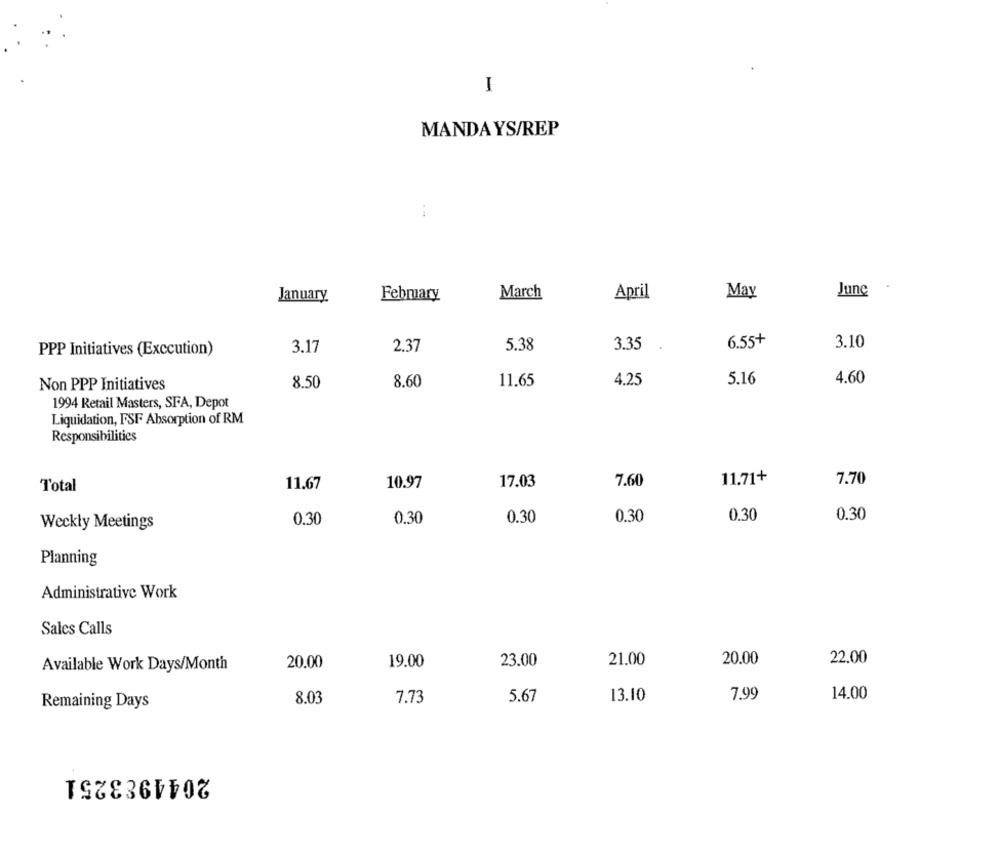
I
MANDA YS/REP
June
January.
February
March
April
May
6.55+
PPP Initiatives (Exccution)
3.17
2.37
5.38
3.35
3.10
Non PPP Initiatives
8.50
8.60
11.65
4.25
5.16
4.60
1994 Retail Masters, SFA, Depot
Liquidation, FSF Absorption of RM
Responsibilities
11.71+
7.70
Total
11.67
10.97
17.03
7.60
0.30
0.30
0.30
0.30
0.30
0.30
Weckly Meetings
Planning
Administrative Work
Sales Calls
20.00
22.00
Available Work Days/Month
20.00
19.00
23.00
21.00
8.03
7.73
5.67
13.10
7.99
14.00
Remaining Days
2044983251